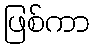
ဖြစ်ကာ